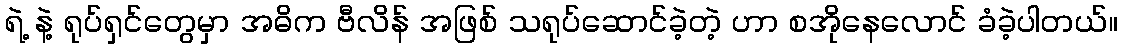
ရဲ့ နဲ့ ရုပ်ရှင်တွေမှာ အဓိက ဗီလိန် အဖြစ် သရုပ်ဆောင်ခဲ့တဲ့ ဟာ စအိုနေလောင် ခံခဲ့ပါတယ်။